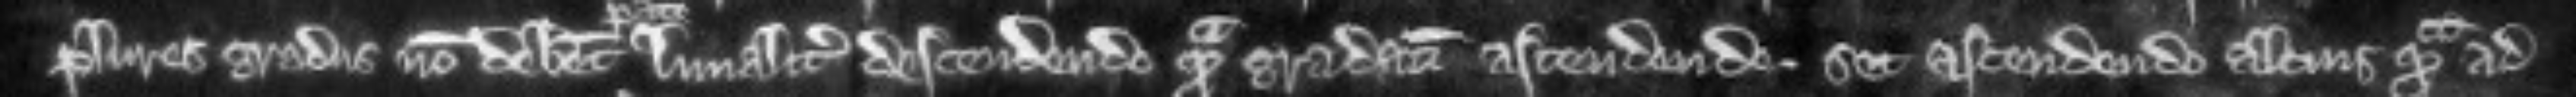
plures gradus non debent linealiter descendendo quam gradatim ascendendo. set ascendendo altius quam ad